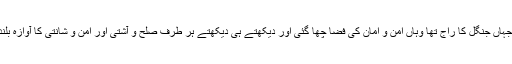
اب کیا تھا جہاں جنگل کا راج تھا وہاں امن و امان کی فضا چھا گئی اور دیکھتے ہی دیکھتے ہر طرف صلح و آشتی اور امن و شانتی کا آوازہ بلند ہونے لگا۔